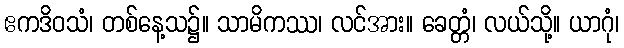
ဧကဒိဝသံ၊ တစ်နေ့သ၌။ သာမိကဿ၊ လင်အား။ ခေတ္တံ၊ လယ်သို့။ ယာဂုံ၊